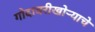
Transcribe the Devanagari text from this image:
गोदावरीखोऱ्याचे